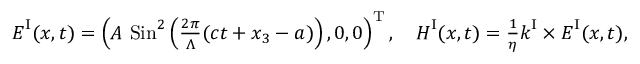
\begin{array} { r } { \boldsymbol { E } ^ { \mathrm { I } } ( \boldsymbol { x } , t ) = \left( A \ \mathrm { S i n } ^ { 2 } \left( \frac { 2 \pi } { \Lambda } ( c t + x _ { 3 } - a ) \right) , 0 , 0 \right) ^ { \mathrm T } , \quad \boldsymbol { H } ^ { \mathrm { I } } ( \boldsymbol { x } , t ) = \frac { 1 } { \eta } \boldsymbol { k } ^ { \mathrm { I } } \times \boldsymbol { E } ^ { \mathrm { I } } ( \boldsymbol { x } , t ) , } \end{array}